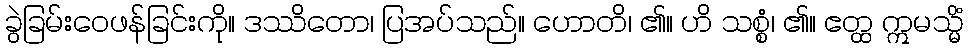
ခွဲခြမ်းဝေဖန်ခြင်းကို။ ဒဿိတော၊ ပြအပ်သည်။ ဟောတိ၊ ၏။ ဟိ သစ္စံ၊ ၏။ ဧတ္ထ ဣမသ္မိံ